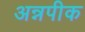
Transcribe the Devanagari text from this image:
अन्नपीक